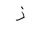
Letter: _thal